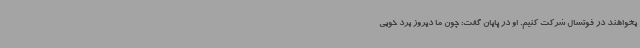
بخواهند در فوتسال شرکت کنیم. او در پایان گفت: چون ما دیروز برد خوبی